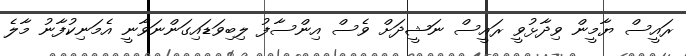
ރައީސް ޔާމީން ވިދާޅުވީ ރައީސް ނަޝީދަށް ވެސް އިންސާފު ލިބިވަޑައިގަންނަވާނީ އެމަނިކުފާނު މާލެ